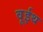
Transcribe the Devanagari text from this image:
वूईथ